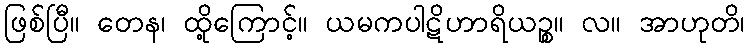
ဖြစ်ပြီ။ တေန၊ ထို့ကြောင့်။ ယမကပါဋိဟာရိယဉ္စ။ လ။ အာဟုတိ၊